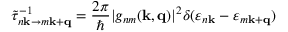
\tilde { \tau } _ { n \mathbf { k } \rightarrow m \mathbf { k } + \mathbf { q } } ^ { - 1 } = \frac { 2 \pi } { \hbar } \lvert g _ { n m } ( \mathbf { k } , \mathbf { q } ) \rvert ^ { 2 } \delta ( \varepsilon _ { n \mathbf { k } } - \varepsilon _ { m \mathbf { k } + \mathbf { q } } )